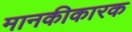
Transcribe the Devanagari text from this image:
मानकीकारक